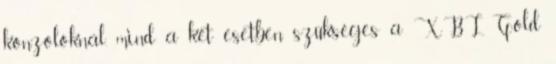
konzoloknál, mind a két esetben szükséges a XBL Gold